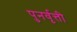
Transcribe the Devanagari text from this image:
पुनर्वृत्ती